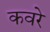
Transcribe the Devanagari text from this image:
कवरे